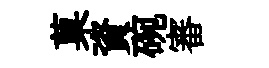
菓資碗審